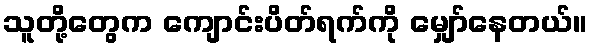
သူတို့တွေက ကျောင်းပိတ်ရက်ကို မျှော်နေတယ်။